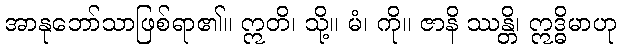
အာနုဘော်သာဖြစ်ရာ၏။ ဣတိ၊ သို့။ မံ၊ ကို။ ဇာနိ ဿန္တိ၊ ဣဒ္ဓိမာဟု